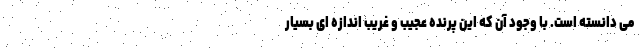
می دانسته است. با وجود آن که این پرنده عجیب و غریب اندازه ای بسیار